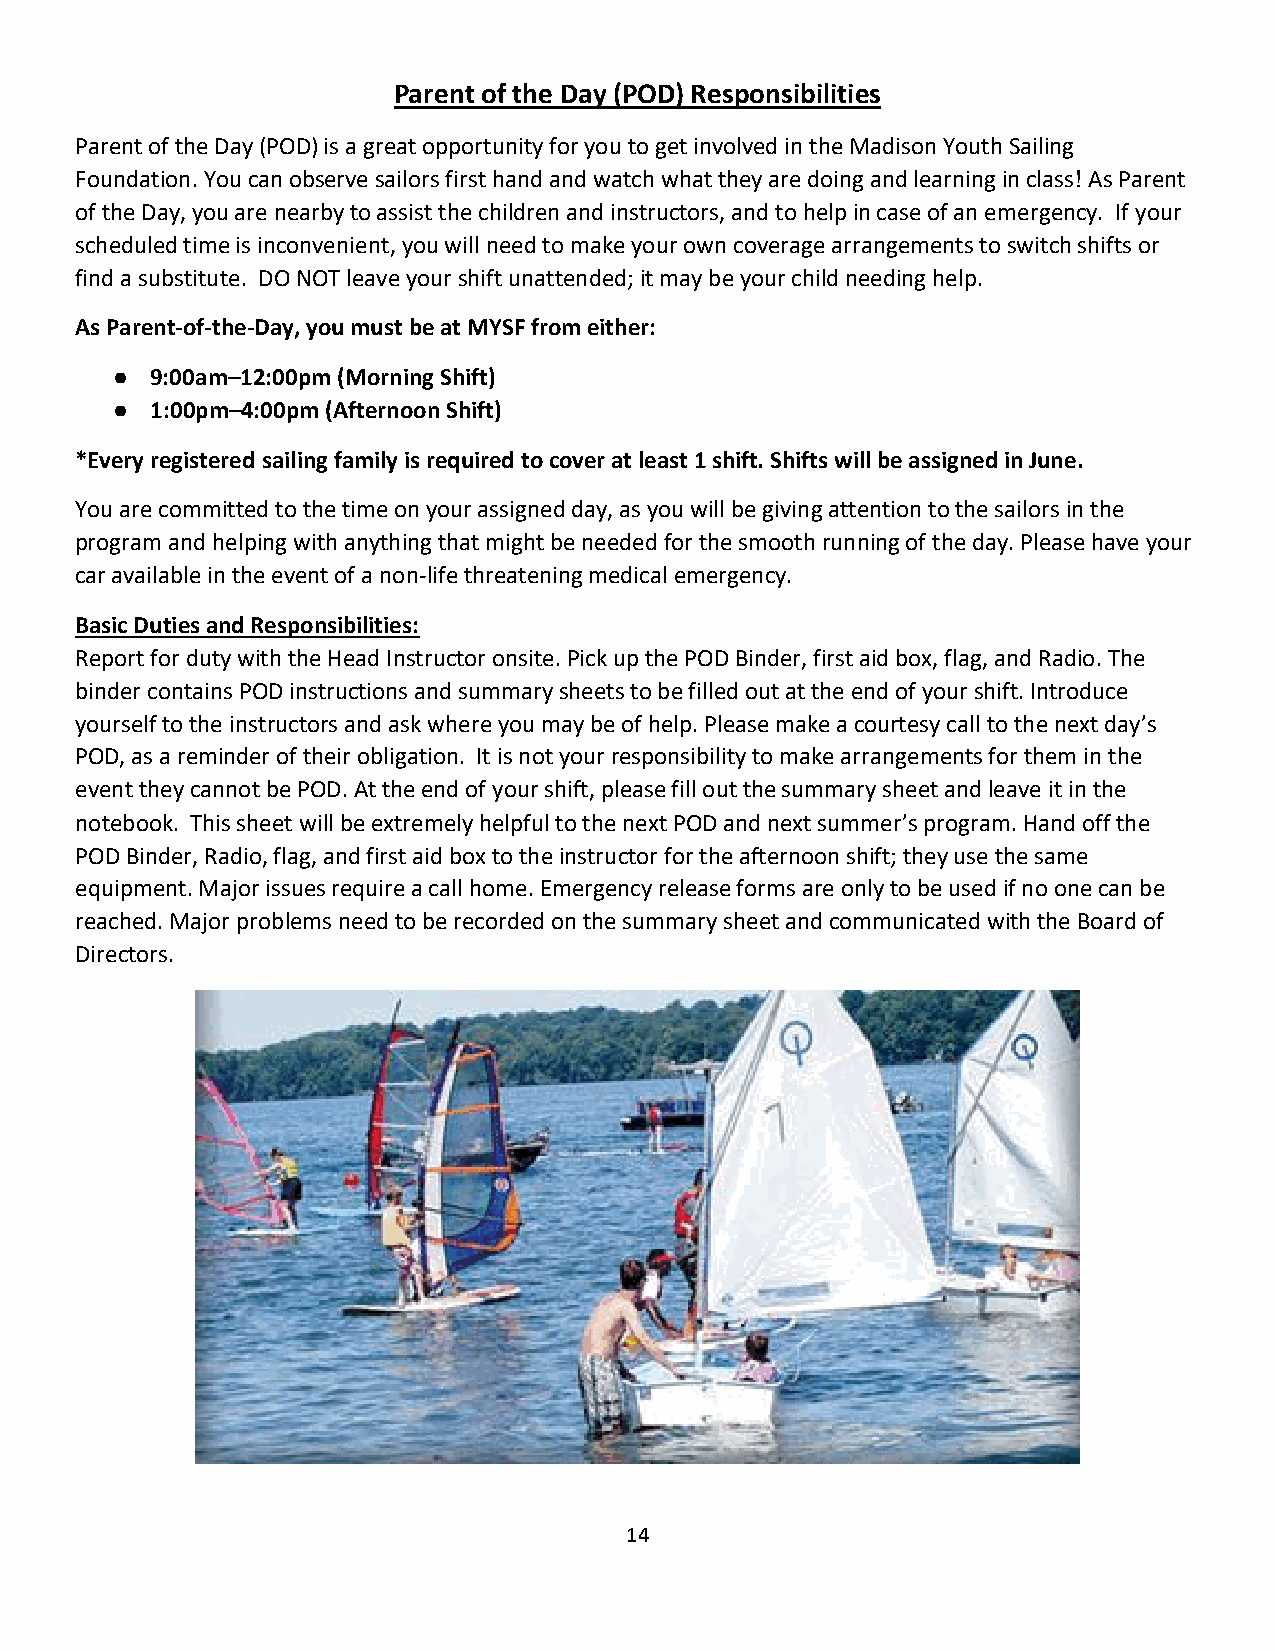
Parent of the Day (POD) Responsibilities
 Parent of the Day (POD) is a great opportunity for you to get involved in the Madison Youth Sailing
 Foundation. You can observe sailors first hand and watch what they are doing and learning in class! As Parent
 of the Day, you are nearby to assist the children and instructors, and to help in case of an emergency. If your
 scheduled time is inconvenient, you will need to make your own coverage arrangements to switch shifts or
 find a substitute. DO NOT leave your shift unattended; it may be your child needing help.
 As Parent-of-the-Day, you must be at MYSF from either:
 ●  9:00am–12:00pm (Morning Shift)
 ●  1:00pm–4:00pm (Afternoon Shift)
 *Every registered sailing family is required to cover at least 1 shift. Shifts will be assigned in June.
 You are committed to the time on your assigned day, as you will be giving attention to the sailors in the
 program and helping with anything that might be needed for the smooth running of the day. Please have your
 car available in the event of a non-life threatening medical emergency.
 Basic Duties and Responsibilities:
 Report for duty with the Head Instructor onsite. Pick up the POD Binder, first aid box, flag, and Radio. The
 binder contains POD instructions and summary sheets to be filled out at the end of your shift. Introduce
 yourself to the instructors and ask where you may be of help. Please make a courtesy call to the next day’s
 POD, as a reminder of their obligation. It is not your responsibility to make arrangements for them in the
 event they cannot be POD. At the end of your shift, please fill out the summary sheet and leave it in the
 notebook. This sheet will be extremely helpful to the next POD and next summer’s program. Hand off the
 POD Binder, Radio, flag, and first aid box to the instructor for the afternoon shift; they use the same
 equipment. Major issues require a call home. Emergency release forms are only to be used if no one can be
 reached. Major problems need to be recorded on the summary sheet and communicated with the Board of
 Directors.
 14